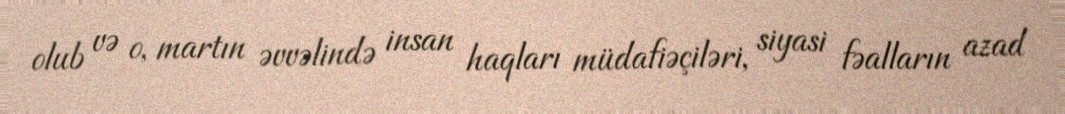
olub və o, martın əvvəlində insan haqları müdafiəçiləri, siyasi fəalların azad